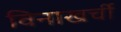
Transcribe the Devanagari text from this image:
विनाखर्ची